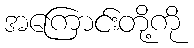
အကြောင်းတို့ကို